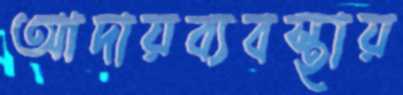
আদায়ব্যবস্থায়